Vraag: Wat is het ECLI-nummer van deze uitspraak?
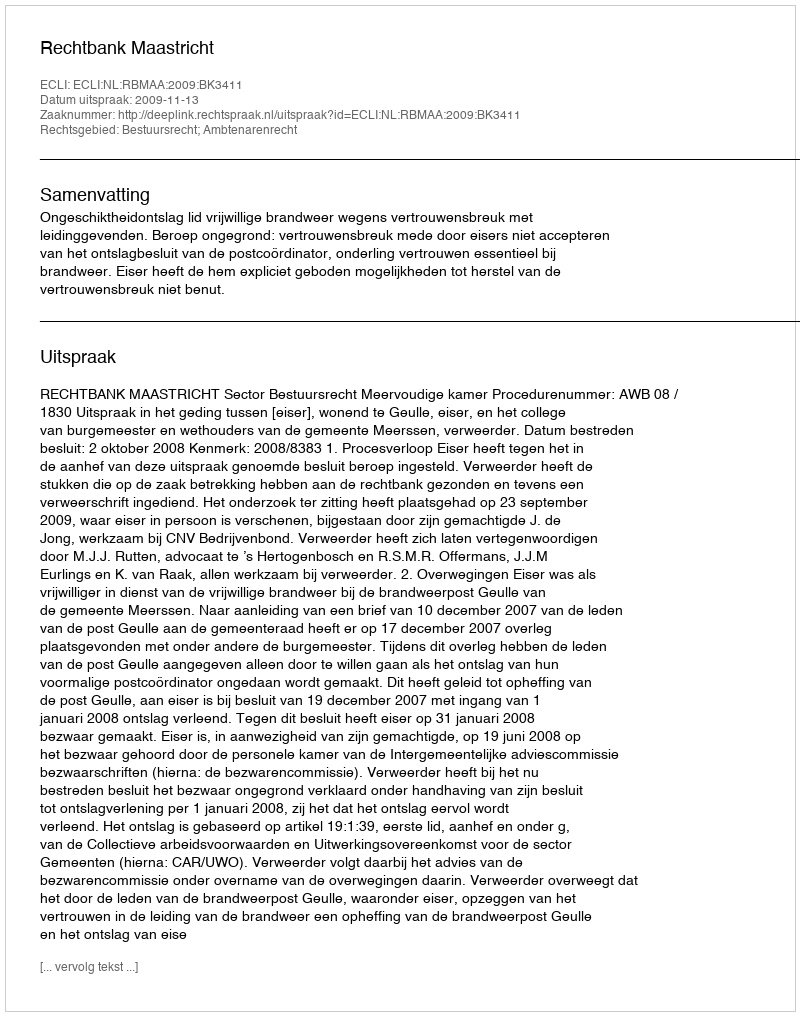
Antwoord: ECLI:NL:RBMAA:2009:BK3411